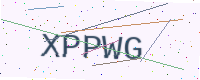
Text: XPPWG